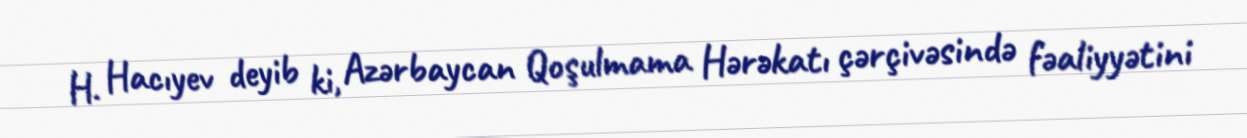
H. Hacıyev deyib ki, Azərbaycan Qoşulmama Hərəkatı çərçivəsində fəaliyyətini